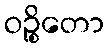
ဝဉ္စိတော